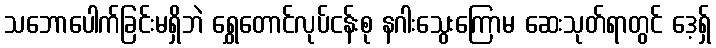
သဘောပေါက်ခြင်းမရှိဘဲ ရွှေတောင်လုပ်ငန်းစု နဂါးသွေးကြောမ ဆေးသုတ်ရာတွင် ဒေ့ရှ်